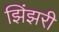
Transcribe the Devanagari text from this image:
झिंझरी